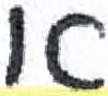
אות: א